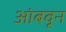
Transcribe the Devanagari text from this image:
आंबवून